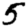
Digit: 5